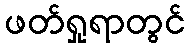
ဖတ်ရှုရာတွင်